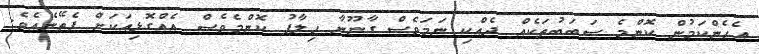
އެހެންކަމުން ކޮންމެ ސަބަބުތަކެއް ދެއްކި ނަމަވެސް ގާނޫނާ ހިލާފު ކޮންމެވެސް އެއްގޮޅިއަކަށް ފެތޭނެއެވެ.